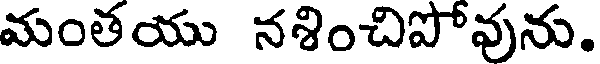
మంతయు నశించిపోవును.